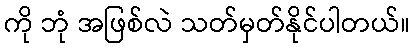
ကို ဘုံ အဖြစ်လဲ သတ်မှတ်နိုင်ပါတယ်။